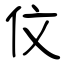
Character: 伩